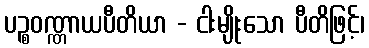
ပဉ္စဝဏ္ဏာယပီတိယာ - ငါးမျိုးသော ပီတိဖြင့်၊